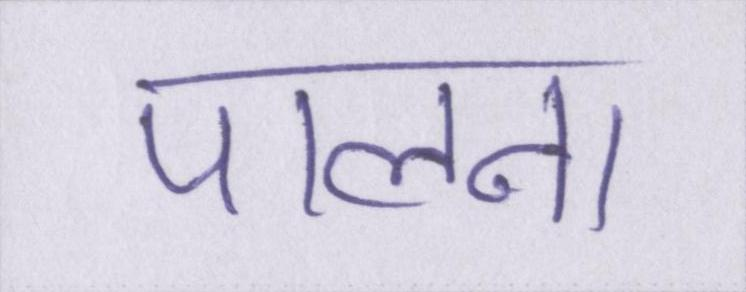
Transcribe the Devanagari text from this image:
पालना